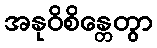
အနုဝိစိန္တေတွာ